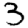
Digit: 3